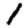
Digit: 1